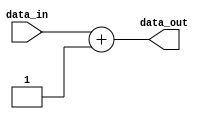
module GenParamModule #(parameter WIDTH = 8) (
    input wire [WIDTH-1:0] data_in,
    output reg [WIDTH-1:0] data_out
);

always @* begin
    // Behavioral block performing specific function based on input parameters
    data_out = data_in + 1;
end

endmodule